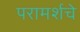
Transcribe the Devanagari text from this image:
परामर्शचे